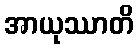
အာယုဿာတိ